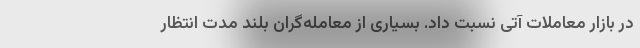
در بازار معاملات آتی نسبت داد. بسیاری از معامله‌گران بلند مدت انتظار